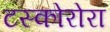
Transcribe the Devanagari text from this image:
टस्कोरोरा